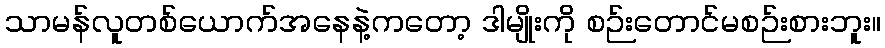
သာမန်လူတစ်ယောက်အနေနဲ့ကတော့ ဒါမျိုးကို စဉ်းတောင်မစဉ်းစားဘူး။